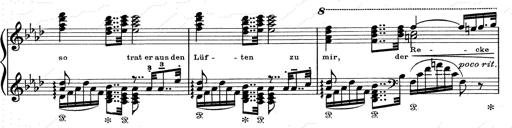
Title: Aus Lohengrin
Composer: Franz Liszt